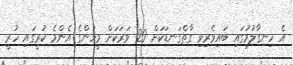
އެ ހިނގާލުމުގައި ބައިވެރިވި ގާތްގަނޑަކަށް 20 ވަރަކަށް މީހުންގެ އެންމެ ކުރީގައި ހުރީ